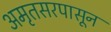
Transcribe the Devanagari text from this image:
अमृतसरपासून